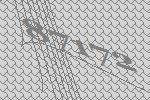
87172